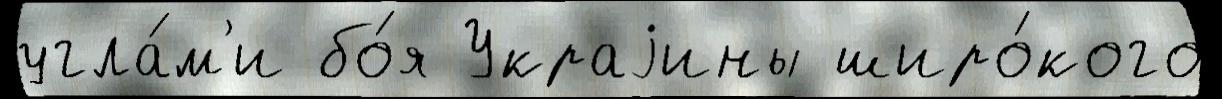
угла́м'и бо́я Украjины широ́кого